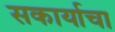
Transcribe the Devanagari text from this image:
सकार्याचा